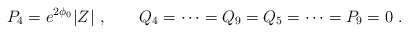
\begin{align*}P_4 = e^{2\phi_0} |Z| \ , \qquad Q_4= \dots = Q_9 = Q_5= \dots = P_9 = 0 \ .\end{align*}